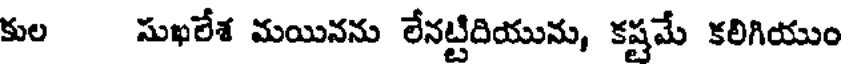
కుల సుఖలేశ మయినను లేనట్టిదియును, కష్టమే కలిగియుం